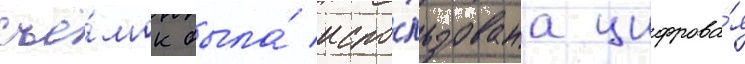
съё́мок была́ испо́льзована цифрова́я